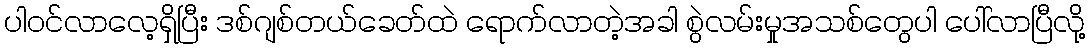
ပါဝင်လာလေ့ရှိပြီး ဒစ်ဂျစ်တယ်ခေတ်ထဲ ရောက်လာတဲ့အခါ စွဲလမ်းမှုအသစ်တွေပါ ပေါ်လာပြီလို့